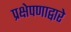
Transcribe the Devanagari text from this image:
प्रक्षेपणाद्वारे